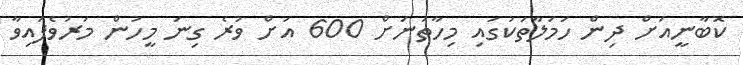
ކޮބާނީއަށް ދިން ހަމަލާތަކުގައި މިހާތަނަށް 600 އަށް ވުރެ ގިނަ މީހުން މަރުވެފައިވާ